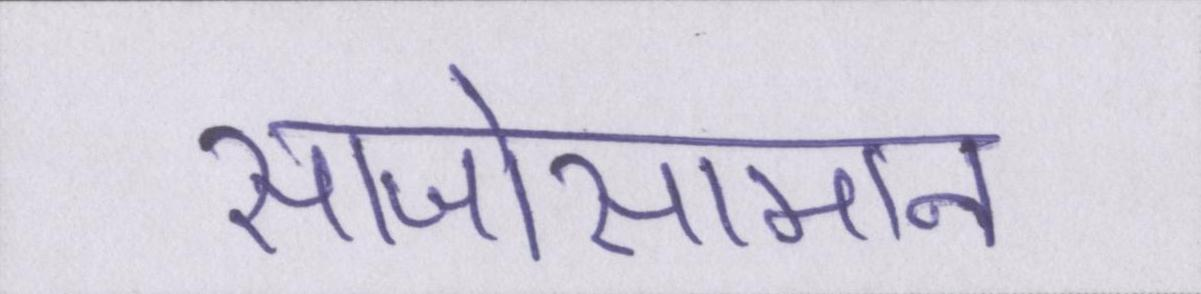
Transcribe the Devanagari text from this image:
साजोसामान